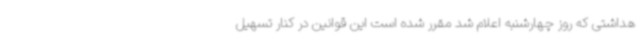
هداشتی که روز چهارشنبه اعلام شد مقرر شده است این قوانین در کنار تسهیل